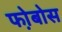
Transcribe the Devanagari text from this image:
फो़बोस